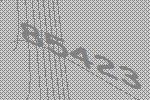
85423